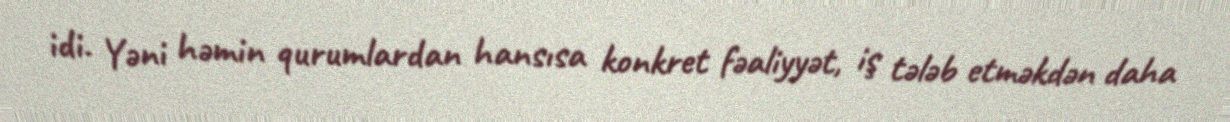
idi. Yəni həmin qurumlardan hansısa konkret fəaliyyət, iş tələb etməkdən daha